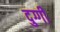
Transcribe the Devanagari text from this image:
दुग्गी